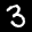
Label: 3